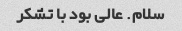
سلام. عالی بود با تشکر